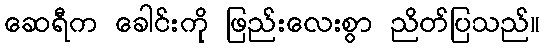
ဆေရီက ခေါင်းကို ဖြည်းလေးစွာ ညိတ်ပြသည်။